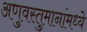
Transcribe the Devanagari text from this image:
अणुवस्तुमानांमध्ये